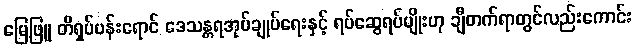
မြေဖြူ တီရှပ်ပန်းရောင် ဒေသန္တရအုပ်ချုပ်ရေးနှင့် ရပ်ဆွေရပ်မျိုးဟု ချီတက်ရာတွင်လည်းကောင်း